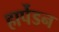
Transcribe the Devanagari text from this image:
हार्पेडन